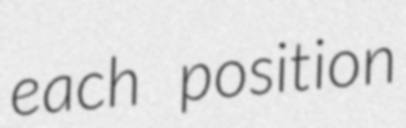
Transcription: each position